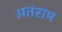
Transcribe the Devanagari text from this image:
अतंराम